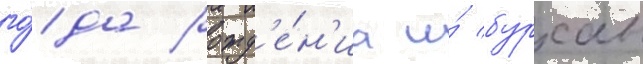
го́да рожд'е́н'иа и́ бурхан